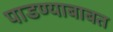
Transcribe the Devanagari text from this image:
पाडण्याबाबत